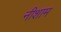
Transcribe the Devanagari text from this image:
नीशाम